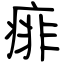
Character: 痱